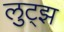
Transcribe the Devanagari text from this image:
लुट्झ